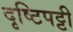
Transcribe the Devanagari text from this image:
दृष्टिपट्टी